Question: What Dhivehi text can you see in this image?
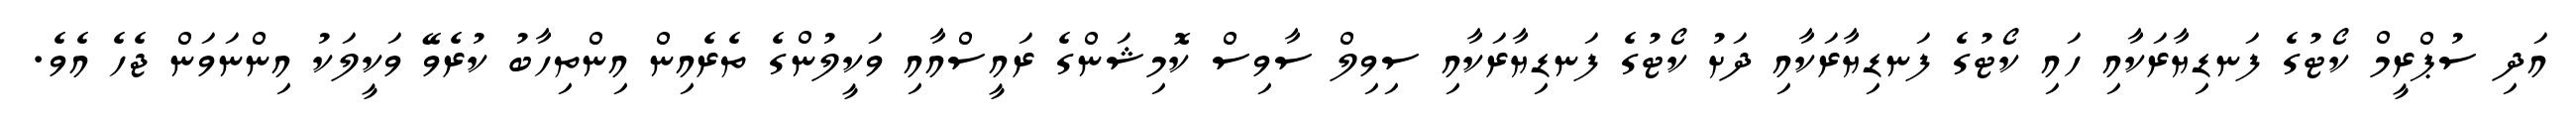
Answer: އަދި ސުޕްރީމް ކޯޓުގެ ފަނޑިޔާރަކާއި ހައި ކޯޓުގެ ފަނޑިޔާރަކާއި ދަށު ކޯޓުގެ ފަނޑިޔާރަކާއި ސިވިލް ސާވިސް ކޮމިޝަންގެ ރައީސްއާއި ވަކީލުންގެ ތެރެއިން އިންތިހާބު ކުރެވޭ ވަކީލަކު އިންނަވަން ޖެހެ އެވެ.